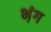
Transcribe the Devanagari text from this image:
भ़ंग